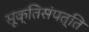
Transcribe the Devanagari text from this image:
सूक्तिसंपत्ति